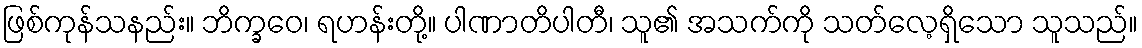
ဖြစ်ကုန်သနည်း။ ဘိက္ခဝေ၊ ရဟန်းတို့။ ပါဏာတိပါတီ၊ သူ၏ အသက်ကို သတ်လေ့ရှိသော သူသည်။